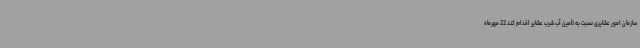
سازمان امور عشایری نسبت به تأمین آب شرب عشایر اقدام کند 22 مهرماه